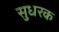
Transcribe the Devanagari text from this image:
सुधरक